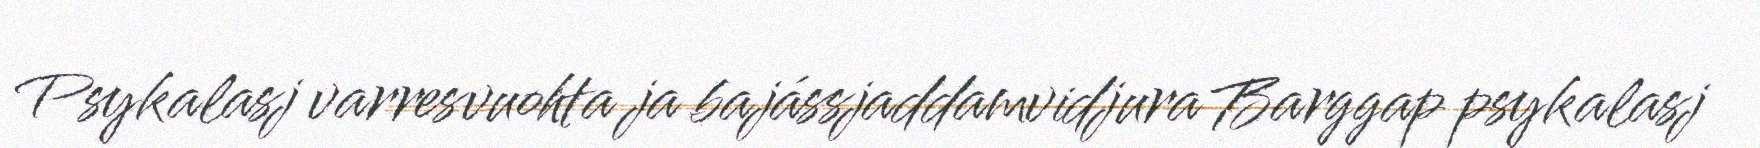
Psykalasj varresvuohta ja bajássjaddamvidjura Barggap psykalasj